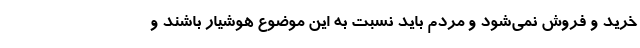
خرید و فروش نمی‌شود و مردم باید نسبت به این موضوع هوشیار باشند و